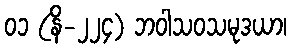
၀၁ (နိ-၂၂၄) ဘဝါသဝသမုဒယာ၊